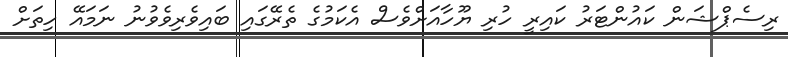
ރިސެޕްޝަން ކައުންޓަރު ކައިރީ ހުރި ޔޫހާއަށްވެސް އެކަމުގެ ތެރޭގައި ބައިވެރިވެވުނު ނަމައޭ ހިތަށް